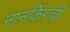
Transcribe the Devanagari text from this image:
नानकिंगची